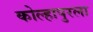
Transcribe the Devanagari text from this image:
कोल्हापुरला